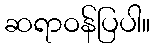
ဆရာဝန်ပြပါ။